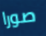
صورا